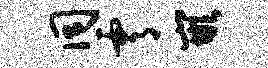
同霄嵌